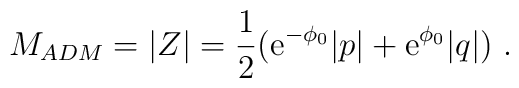
M_{ADM} =|Z| =  {1\over 2} ({\mbox{e}}^{-\phi_0}  |p| +  {\mbox{e}}^{\phi_0}  |q|)\ .